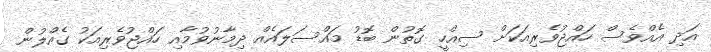
އަދި އެއްވެސް ހައްޖުވެރިއަކަށް ސިއްހީ ގޮތުން ބޮޑު މައްސަލައެއް ދިމާނުވުމާއި ހައްޖުވެރިއަކު ގެއްލުން